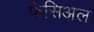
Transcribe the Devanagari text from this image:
फेसिअल